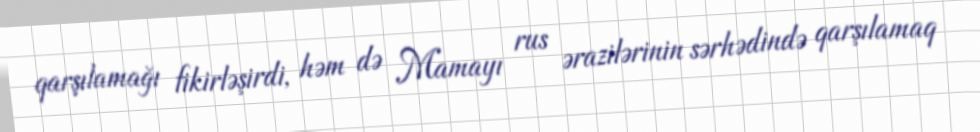
qarşılamağı fikirləşirdi, həm də Mamayı rus ərazilərinin sərhədində qarşılamaq